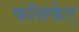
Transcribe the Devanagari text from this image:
फॉसफेट